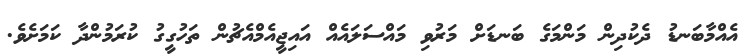
އެއްމާބަނޑު ދެކުދިން މަންމަގެ ބަނޑަށް މަރުވި މައްސަލައެއް އައިޖީއެމްއެޗުން ތަހުގީގު ކުރަމުންދާ ކަމަށެވެ.